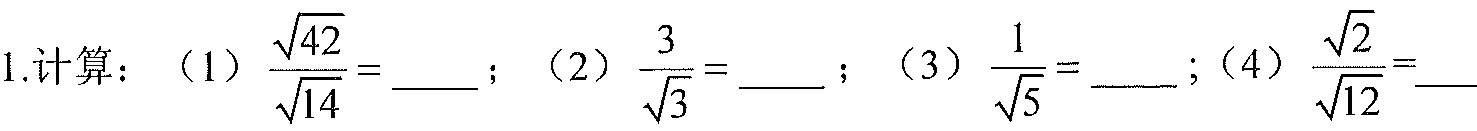
1.计算：（1）\(\frac{\sqrt{42}}{\sqrt{14}} = \_\_\_\)；（2）\(\frac{3}{\sqrt{3}} = \_\_\_\)；（3）\(\frac{1}{\sqrt{5}} = \_\_\_\)；（4）\(\frac{\sqrt{2}}{\sqrt{12}}=\_\_\_\)